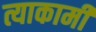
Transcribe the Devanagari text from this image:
त्याकामी